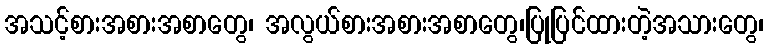
အသင့်စားအစားအစာတွေ၊ အလွယ်စားအစားအစာတွေ၊ပြုပြင်ထားတဲ့အသားတွေ၊